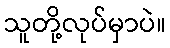
သူတို့လုပ်မှာပဲ။